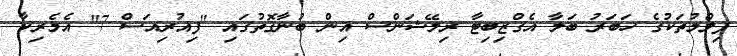
ފިލްމުތަކުގެ ހަބަރު ބަލާ އެގްޒިބިޓާ ރިލޭޝަންސް އިން ބުނާގޮތުގައި "ފިއުރިއަސް 7" އެމެރިކާ